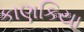
કાણકિયા